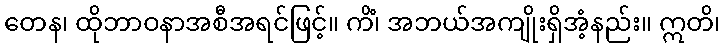
တေန၊ ထိုဘာဝနာအစီအရင်ဖြင့်။ ကိံ၊ အဘယ်အကျိုးရှိအံ့နည်း။ ဣတိ၊